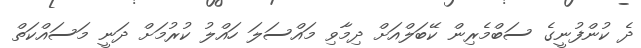
ދެ ކުންފުނީގެ ސަބްމެރިން ކޭބަލްއަށް ދިމާވި މައްސަލަ ހައްލު ކުރުމަށް ދަނީ މަސައްކަތް